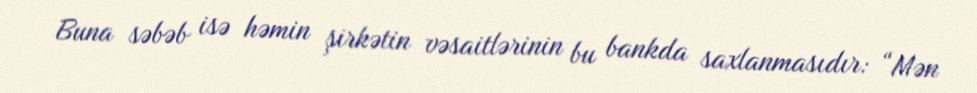
Buna səbəb isə həmin şirkətin vəsaitlərinin bu bankda saxlanmasıdır: “Mən